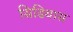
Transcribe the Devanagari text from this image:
सिडियास